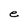
Character: e